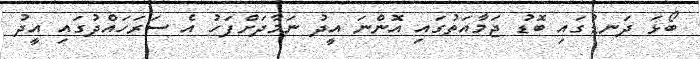
ބޯޅަ ދަނޑުގައި ބޮޑު ޖަމާއަތުގައި އޮންނަ އީދު ނަމާދަށްފަހު އެ ސަރަހައްދުގައި އީދު